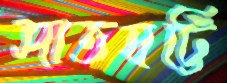
সাতষট্টি